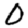
Digit: 0